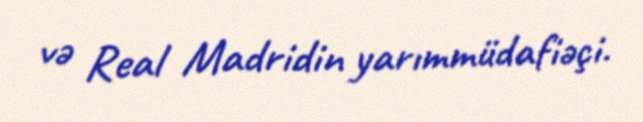
və Real Madridin yarımmüdafiəçi.